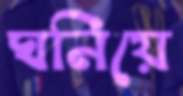
ঘনিয়ে